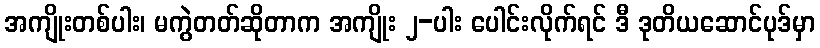
အကျိုးတစ်ပါး၊ မကွဲတတ်ဆိုတာက အကျိုး ၂-ပါး ပေါင်းလိုက်ရင် ဒီ ဒုတိယဆောင်ပုဒ်မှာ